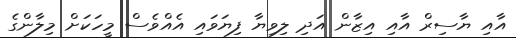
އާއި ޔާސިރް އާއި އިޒާން އަދި ލިވިޔާ ފިޔަވައި އެއްވެސް މީހަކަށް މިލާންގެ